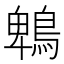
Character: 鵯